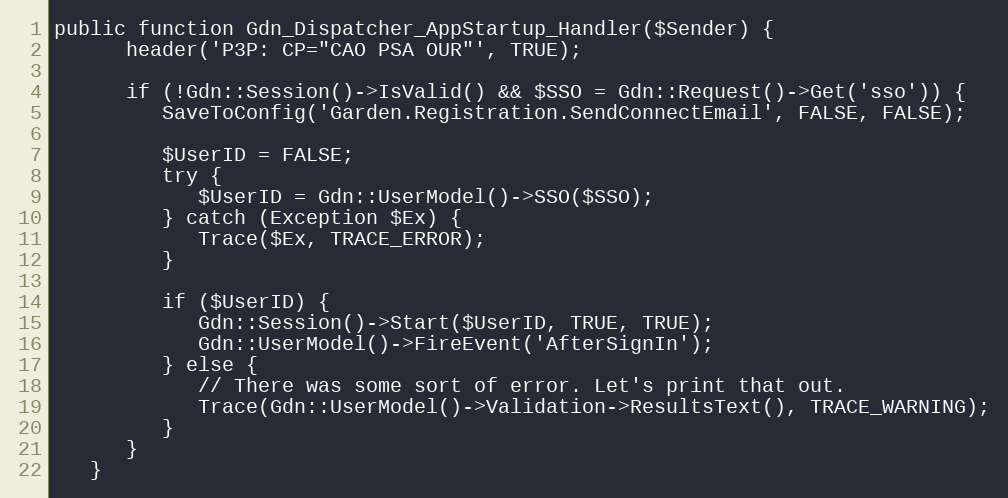
Language: PHP
public function Gdn_Dispatcher_AppStartup_Handler($Sender) {
      header('P3P: CP="CAO PSA OUR"', TRUE);

      if (!Gdn::Session()->IsValid() && $SSO = Gdn::Request()->Get('sso')) {
         SaveToConfig('Garden.Registration.SendConnectEmail', FALSE, FALSE);

         $UserID = FALSE;
         try {
            $UserID = Gdn::UserModel()->SSO($SSO);
         } catch (Exception $Ex) {
            Trace($Ex, TRACE_ERROR);
         }

         if ($UserID) {
            Gdn::Session()->Start($UserID, TRUE, TRUE);
            Gdn::UserModel()->FireEvent('AfterSignIn');
         } else {
            // There was some sort of error. Let's print that out.
            Trace(Gdn::UserModel()->Validation->ResultsText(), TRACE_WARNING);
         }
      }
   }